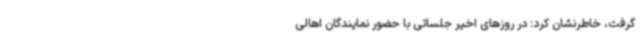
گرفت، خاطرنشان کرد: در روزهای اخیر جلساتی با حضور نمایندگان اهالی